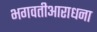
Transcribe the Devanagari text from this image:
भगवतीआराधना